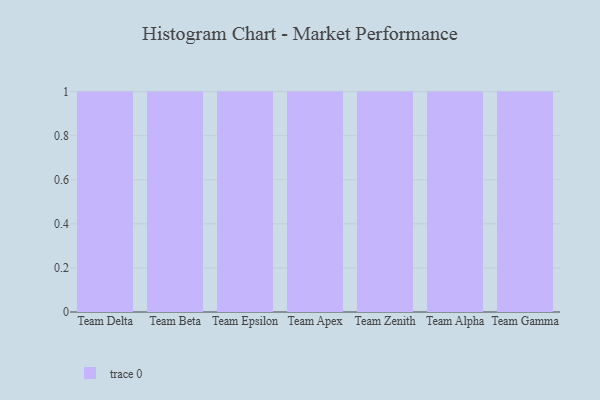
{"axis": {"x": "Team", "y": "Tickets Resolved"}, "legend": [""], "data": [{"x": "Team Delta", "y": 35, "type": ""}, {"x": "Team Beta", "y": 24, "type": ""}, {"x": "Team Epsilon", "y": 1, "type": ""}, {"x": "Team Apex", "y": 50, "type": ""}, {"x": "Team Zenith", "y": 49, "type": ""}, {"x": "Team Alpha", "y": 46, "type": ""}, {"x": "Team Gamma", "y": 70, "type": ""}]}